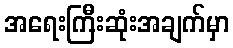
အရေးကြီးဆုံးအချက်မှာ